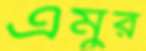
এমুর